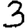
Digit: 3